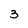
Character: 3